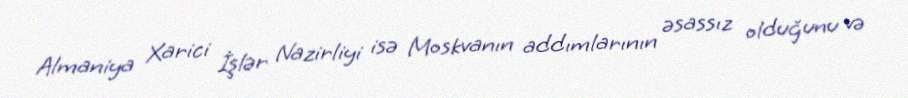
Almaniya Xarici İşlər Nazirliyi isə Moskvanın addımlarının əsassız olduğunu və